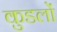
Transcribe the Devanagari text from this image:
कुडलों